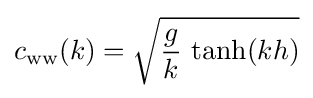
c_{\text{ww}}(k)={\sqrt {{\frac {g}{k}}\,\tanh(kh)}}